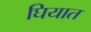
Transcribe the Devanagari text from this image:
घियात